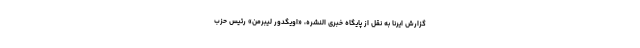
گزارش ایرنا به نقل از پایگاه خبری النشره، «اویگدور لیبرمن» رئیس حزب